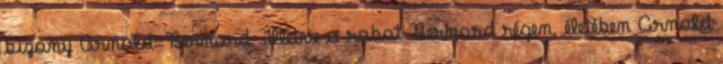
bizony Arnold=Bernard. Illetve a robot Bernard régen, életében Arnold